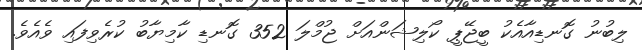
ލިބުނު ގޮނޑިއާއެކު ބީޖޭޕީ ކޯލިޝަންއަށް ޖުމްލަ 352 ގޮނޑި ކާމިޔާބު ކުރެވިފައި ވެއެވެ.